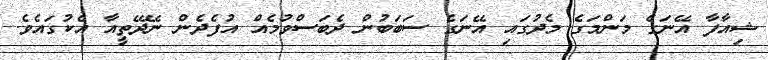
ޝިއާފާ އޭނަގެ މަންމަގެ މެދުގައި އޭނަގެ ސަބަބުން ދެބަސްވުމެއް އުފެދެން ނޭދޭތީއާ އެކުގައެވެ.